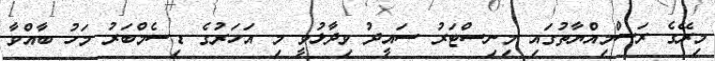
މިރޭގެ ރަސްމިއްޔާތުގައި މިނިސްޓަރު ސައީދު ވިދާޅުވީ މި އަހަރުގެ ޑިސެމްބަރު މަހު ބާއްވާ